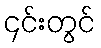
၄င်းတွင်